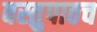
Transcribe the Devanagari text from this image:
वस्तुपाठच